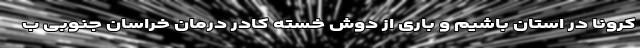
کرونا در استان باشیم و باری از دوش خسته کادر درمان خراسان جنوبی ب